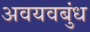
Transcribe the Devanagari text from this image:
अवयवबुंध